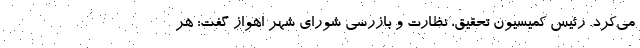
می‌کرد. رئیس کمیسیون تحقیق، نظارت و بازرسی شورای شهر اهواز گفت: هر